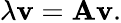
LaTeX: \lambda{\mathbf{v}}={\mathbf A}{\mathbf{v}}.